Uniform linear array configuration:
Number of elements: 4
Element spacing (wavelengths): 0.75
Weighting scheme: hann
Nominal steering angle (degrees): -30
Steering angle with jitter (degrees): -28.227
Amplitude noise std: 0.05
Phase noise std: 0.05

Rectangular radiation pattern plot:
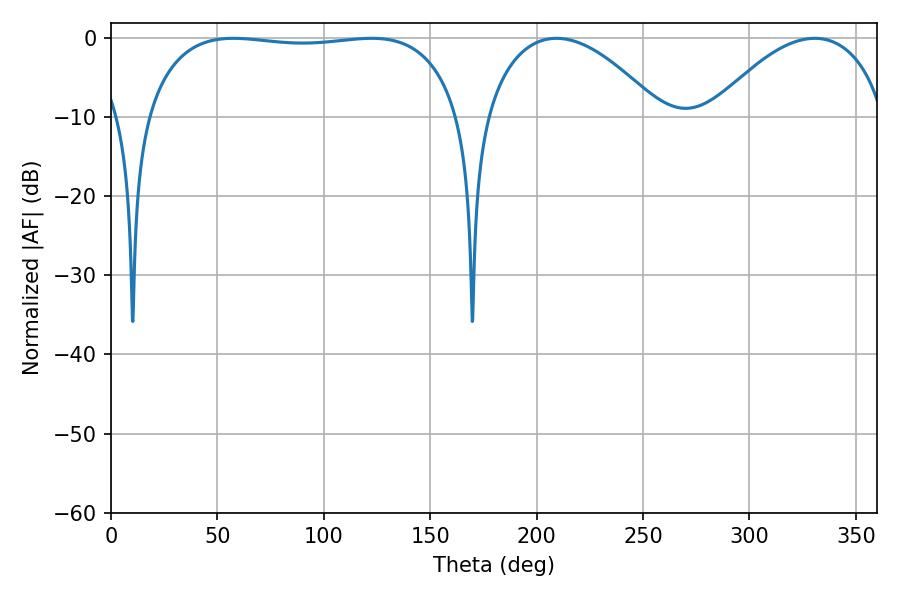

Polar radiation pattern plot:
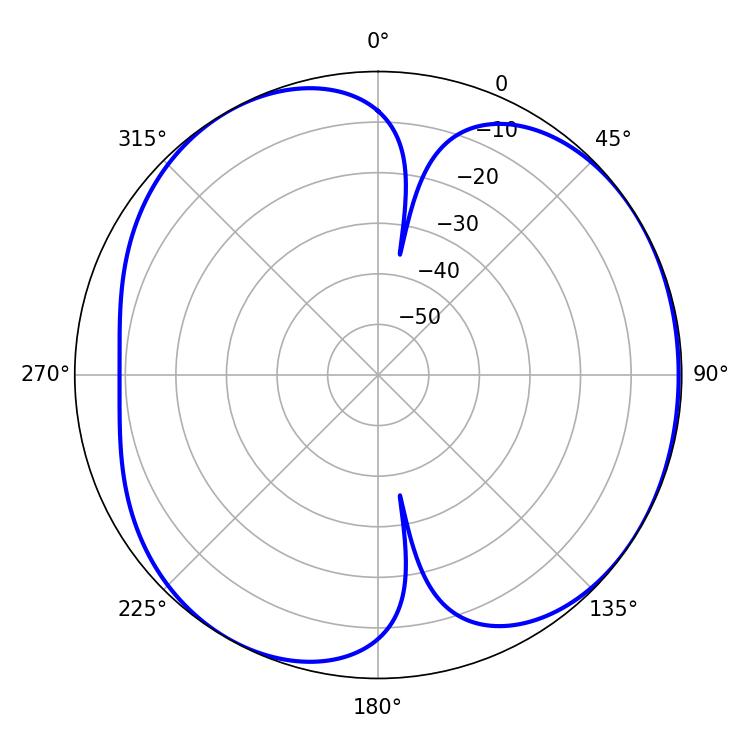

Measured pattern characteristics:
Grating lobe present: TRUE
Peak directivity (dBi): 4.848
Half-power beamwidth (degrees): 46.26
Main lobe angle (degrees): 209.34